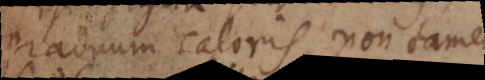
graduum caloris, non tamen